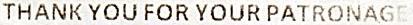
THANK YOU FOR YOUR PATRONAGE